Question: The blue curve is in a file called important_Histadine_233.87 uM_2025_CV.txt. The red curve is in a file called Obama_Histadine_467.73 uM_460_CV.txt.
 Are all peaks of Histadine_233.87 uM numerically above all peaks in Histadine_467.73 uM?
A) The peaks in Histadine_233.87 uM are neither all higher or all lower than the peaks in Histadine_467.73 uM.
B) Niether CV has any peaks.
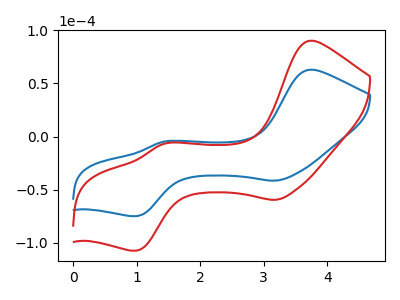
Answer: <think>The blue curve "Histadine_233.87 uM" has anodic peaks at (3.70V, 62.90uA) (1.40V, -4.85uA) and cathodic peaks at (3.20V, -41.55uA) (1.00V, -74.95uA). The red curve "Histadine_467.73 uM" has anodic peaks at (3.70V, 90.20uA) (1.40V, -6.95uA) and cathodic peaks at (3.20V, -59.55uA) (1.00V, -107.45uA).</think>
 <answer>A) The peaks in "Histadine_233.87 uM" are neither all higher or all lower than the peaks in "Histadine_467.73 uM".</answer>
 <eval>A</eval>